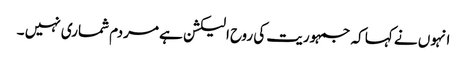
انہوں نے کہا کہ جمہوریت کی روح الیکشن ہے مردم شماری نہیں ۔